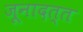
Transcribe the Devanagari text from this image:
जूनादत्त